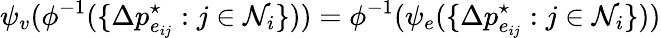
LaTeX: \psi_{v}(\phi^{-1}(\{ \Delta p_{e_{ij}}^{\star}:j\in\mathcal{N}_{i}\} ))=\phi^{-1}(\psi_{e}(\{ \Delta p_{e_{ij}}^{\star}:j\in\mathcal{N}_{i}\} ))